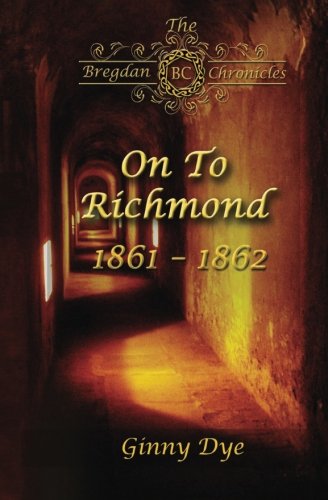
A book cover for On To Richmond (# 2 in the Bregdan Chronicles Historical Fiction Romance Series) (Volume 2); Ginny Dye; Literature & Fiction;